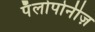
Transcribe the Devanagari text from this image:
पॅलोपोनीज़